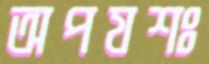
অপযশঃ